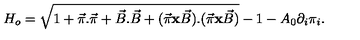
H _ { o } = \sqrt { 1 + \vec { \pi } . \vec { \pi } + \vec { B } . \vec { B } + ( \vec { \pi } { \bf x } \vec { B } ) . ( \vec { \pi } { \bf x } \vec { B } ) } - 1 - A _ { 0 } \partial _ { i } \pi _ { i } .